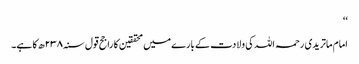
‘‘
امام ماتریدی رحمہ اللہ کی ولادت کے بارے میں محققین کا راجح قول سنہ ۲۳۸ھ کا ہے۔